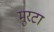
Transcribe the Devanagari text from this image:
मुरटा